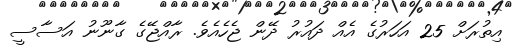
އިތުރަށް 25 އަހަރުގެ އެއް ދައުރު ދޭން ޖެހެއެވެ. ރާއްޖޭގެ ގާނޫނު އަސާސީ